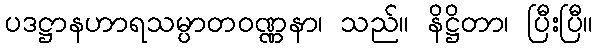
ပဒဋ္ဌာနဟာရသမ္ပာတဝဏ္ဏနာ၊ သည်။ နိဋ္ဌိတာ၊ ပြီးပြီ။